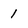
Character: 1